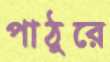
পাঠুরে